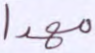
مهدا